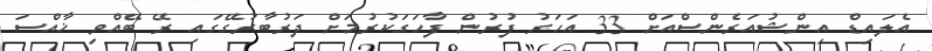
އެލައިޑް އިންޝުއަރެންސްއަށް 33 އަހަރު ފުރުން ފާހަގަކުރުމަށް ދަރުބާރުގޭގައި ރޭ ބޭއްވި ޚާއްސަ